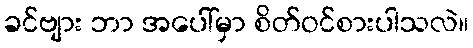
ခင်ဗျား ဘာ အပေါ်မှာ စိတ်ဝင်စားပါသလဲ။